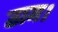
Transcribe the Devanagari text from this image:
ठाम।